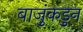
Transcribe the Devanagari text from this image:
बाजुंकडुन